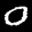
Label: 0